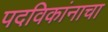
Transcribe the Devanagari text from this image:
पदविकांनाचा